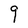
Character: g